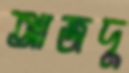
আজদু